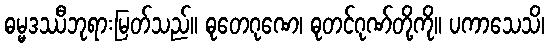
ဓမ္မဒဿီဘုရားမြတ်သည်။ ဓုတေဂုဏေ၊ ဓုတင်ဂုဏ်တို့ကို။ ပကာသေသိ၊